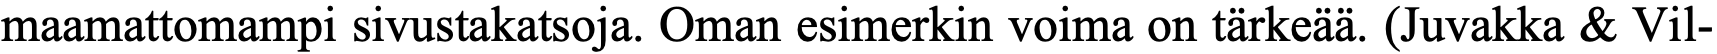
maamattomampi sivustakatsoja. Oman esimerkin voima on tärkeää. (Juvakka & Vil-